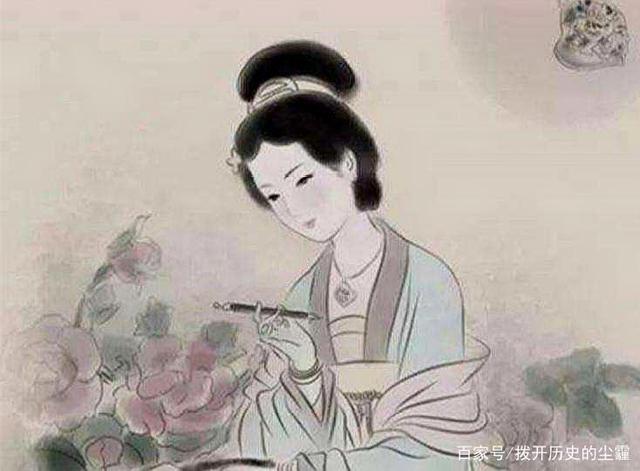
易求无价宝，难得有心郎。